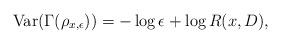
LaTeX: \begin{align*}\mathrm{Var}(\Gamma(\rho_{x,\epsilon}))=-\log \epsilon+\log R(x, D),\end{align*}